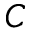
C